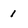
Character: 1